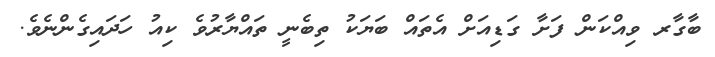
ބާގާރ ވިއްކަން ފަށާ ގަޑިއަށް އެތައް ބަޔަކު ތިބެނީ ތައްޔާރުވެ ކިއު ހަދައިގެންނެވެ.